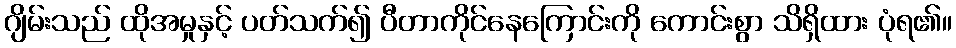
ဂျိမ်းသည် ထိုအမှုနှင့် ပတ်သက်၍ ပီတာကိုင်နေကြောင်းကို ကောင်းစွာ သိရှိထား ပုံရ၏။